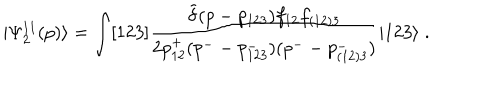
LaTeX: | \Psi _ { 2 } ^ { 1 1 } ( p ) \rangle = \int [ 1 2 3 ] \frac { \tilde { \delta } ( p - p _ { 1 2 3 } ) f _ { 1 2 } f _ { ( 1 2 ) 3 } } { 2 p _ { 1 2 } ^ { + } ( p ^ { - } - p _ { 1 2 3 } ^ { - } ) ( p ^ { - } - p _ { ( 1 2 ) 3 } ^ { - } ) } | 1 2 3 \rangle \; .